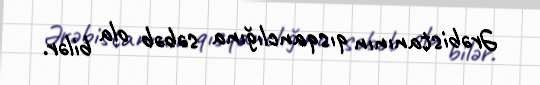
Ərəbistanının qısqanclığına səbəb ola bilər.